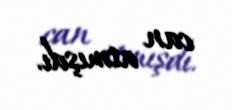
can atmışdı.